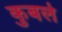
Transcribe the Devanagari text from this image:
कुबले